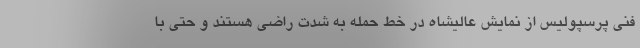
فنی پرسپولیس از نمایش عالیشاه در خط حمله به شدت راضی هستند و حتی با